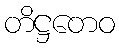
တိဋ္ဌတေဝ